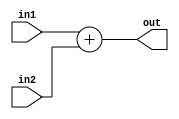
`timescale 1ns / 1ps
module ADD (out, in1, in2);
input [15:0] in1, in2;
output reg [15:0] out;
always @(*)
out = in1 + in2;
endmodule